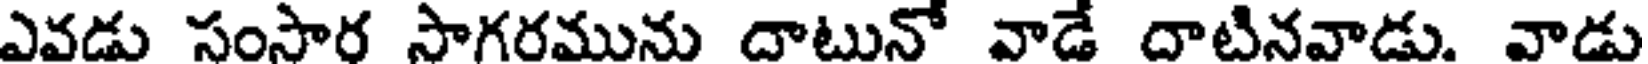
ఎవడు సంసార సాగరమును దాటునో వాడే దాటినవాడు. వాడు